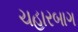
ચહારબાગ